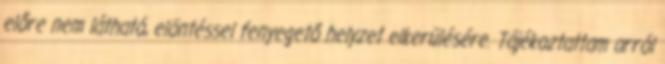
előre nem látható, elöntéssel fenyegető helyzet elkerülésére. Tájékoztattam arról